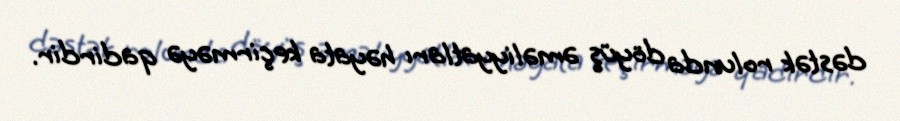
dəstək rolunda döyüş əməliyyatları həyata keçirməyə qadirdir.